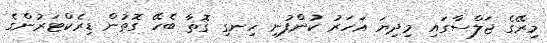
މިރޭގެ ޖަލްސާގައި މިދިޔަ އަހަރު ކުންފުނި ހިނގި ގޮތާ ބެހޭ ގޮތުން ޑިރެކްޓަރުންގެ